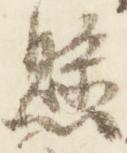
懸